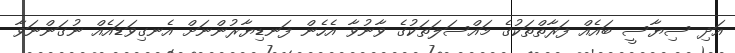
އަދި ސިޔާސީ ބައެއް ފަރާތްތަކުގެ މައްސަލަތަކުގެ ވާނުވާ އެހެން ފަނޑިޔާރުންނަށް އެނގިވަޑައެއް ނުގަންނަވާ